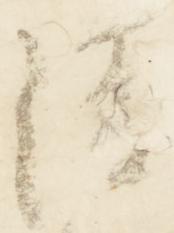
清